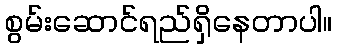
စွမ်းဆောင်ရည်ရှိနေတာပါ။